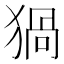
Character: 猧